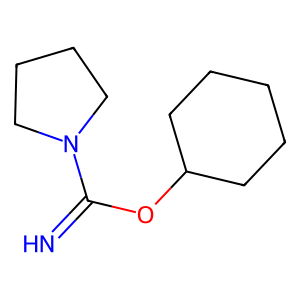
SMILES: N=C(OC1CCCCC1)N1CCCC1
Inhibits HIV replication: No